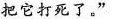
把它打死了。”